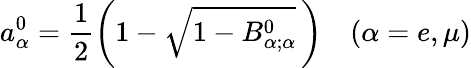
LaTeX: a_{\alpha}^{0}=\frac{1}{2}\left(1-\sqrt{1-B_{\alpha;\alpha}^{0}}\, \right)\quad(\alpha=e,\mu)